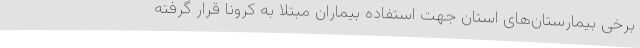
برخی بیمارستان‌های استان جهت استفاده بیماران مبتلا به کرونا قرار گرفته